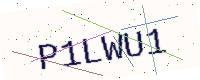
Text: P1LWU1